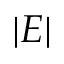
| E |